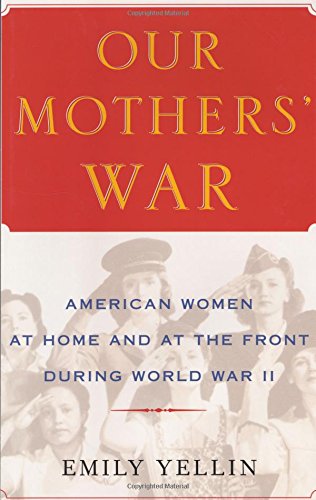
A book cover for Our Mothers' War: American Women at Home and at the Front During World War II; Emily Yellin; Politics & Social Sciences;